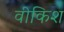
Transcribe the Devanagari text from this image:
वीकिश